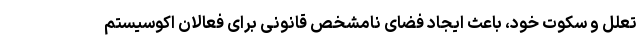
تعلل و سکوت خود، باعث ایجاد فضای نامشخص قانونی برای فعالان اکوسیستم